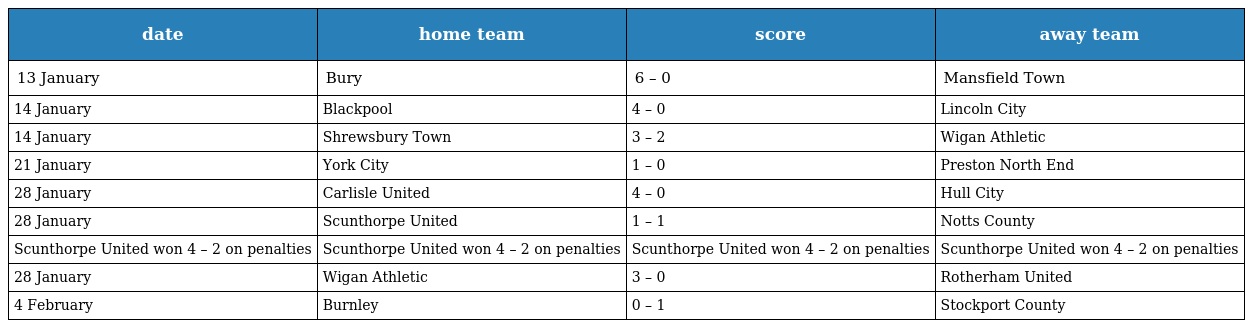
| date | home team | score | away team |
 | --- | --- | --- | --- |
 | 13 January | Bury | 6 – 0 | Mansfield Town |
 | 14 January | Blackpool | 4 – 0 | Lincoln City |
 | 14 January | Shrewsbury Town | 3 – 2 | Wigan Athletic |
 | 21 January | York City | 1 – 0 | Preston North End |
 | 28 January | Carlisle United | 4 – 0 | Hull City |
 | 28 January | Scunthorpe United | 1 – 1 | Notts County |
 | Scunthorpe United won 4 – 2 on penalties | Scunthorpe United won 4 – 2 on penalties | Scunthorpe United won 4 – 2 on penalties | Scunthorpe United won 4 – 2 on penalties |
 | 28 January | Wigan Athletic | 3 – 0 | Rotherham United |
 | 4 February | Burnley | 0 – 1 | Stockport County |